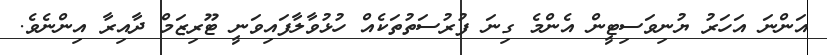
އަންނަ އަހަރު ޔުނިވަސިޓީން އެންމެ ގިނަ ފުރުސަތުތަކެއް ހުޅުވާލާފައިވަނީ ޓޫރިޒަމް ދާއިރާ އިންނެވެ.